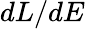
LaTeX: dL/dE